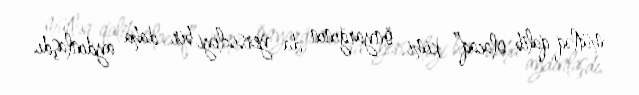
mütləq qalib olacaq” kimi önyarğının da yersizliyi bir daha aydınlaşdı.